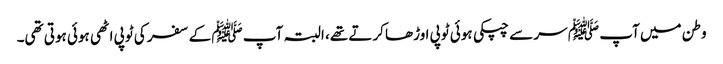
وطن میں آپ ﷺ سر سے چپکی ہوئی ٹوپی اوڑھا کرتے تھے، البتہ آپ ﷺ کے سفر کی ٹوپی اٹھی ہوئی ہوتی تھی۔